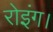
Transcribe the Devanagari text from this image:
रोइंग।